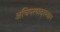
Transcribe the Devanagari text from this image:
अधिपत्यादरम्यान